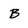
Character: B